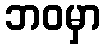
ဘဝမှာ